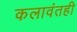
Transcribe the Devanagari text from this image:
कलावंतही